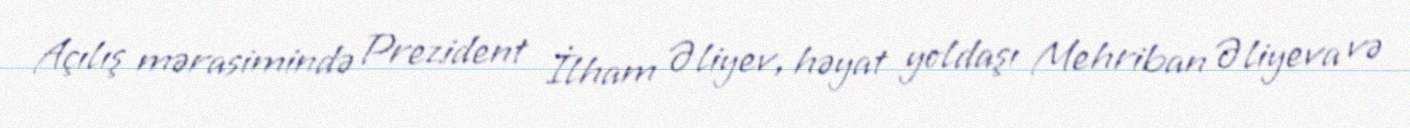
Açılış mərasimində Prezident İlham Əliyev, həyat yoldaşı Mehriban Əliyeva və